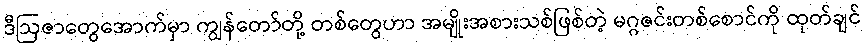
ဒီဩဇာတွေအောက်မှာ ကျွန်တော်တို့ တစ်တွေဟာ အမျိုးအစားသစ်ဖြစ်တဲ့ မဂ္ဂဇင်းတစ်စောင်ကို ထုတ်ချင်